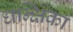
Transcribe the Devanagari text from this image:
धन्क्षिका